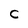
Character: C